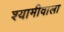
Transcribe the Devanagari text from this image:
श्यामीवाला